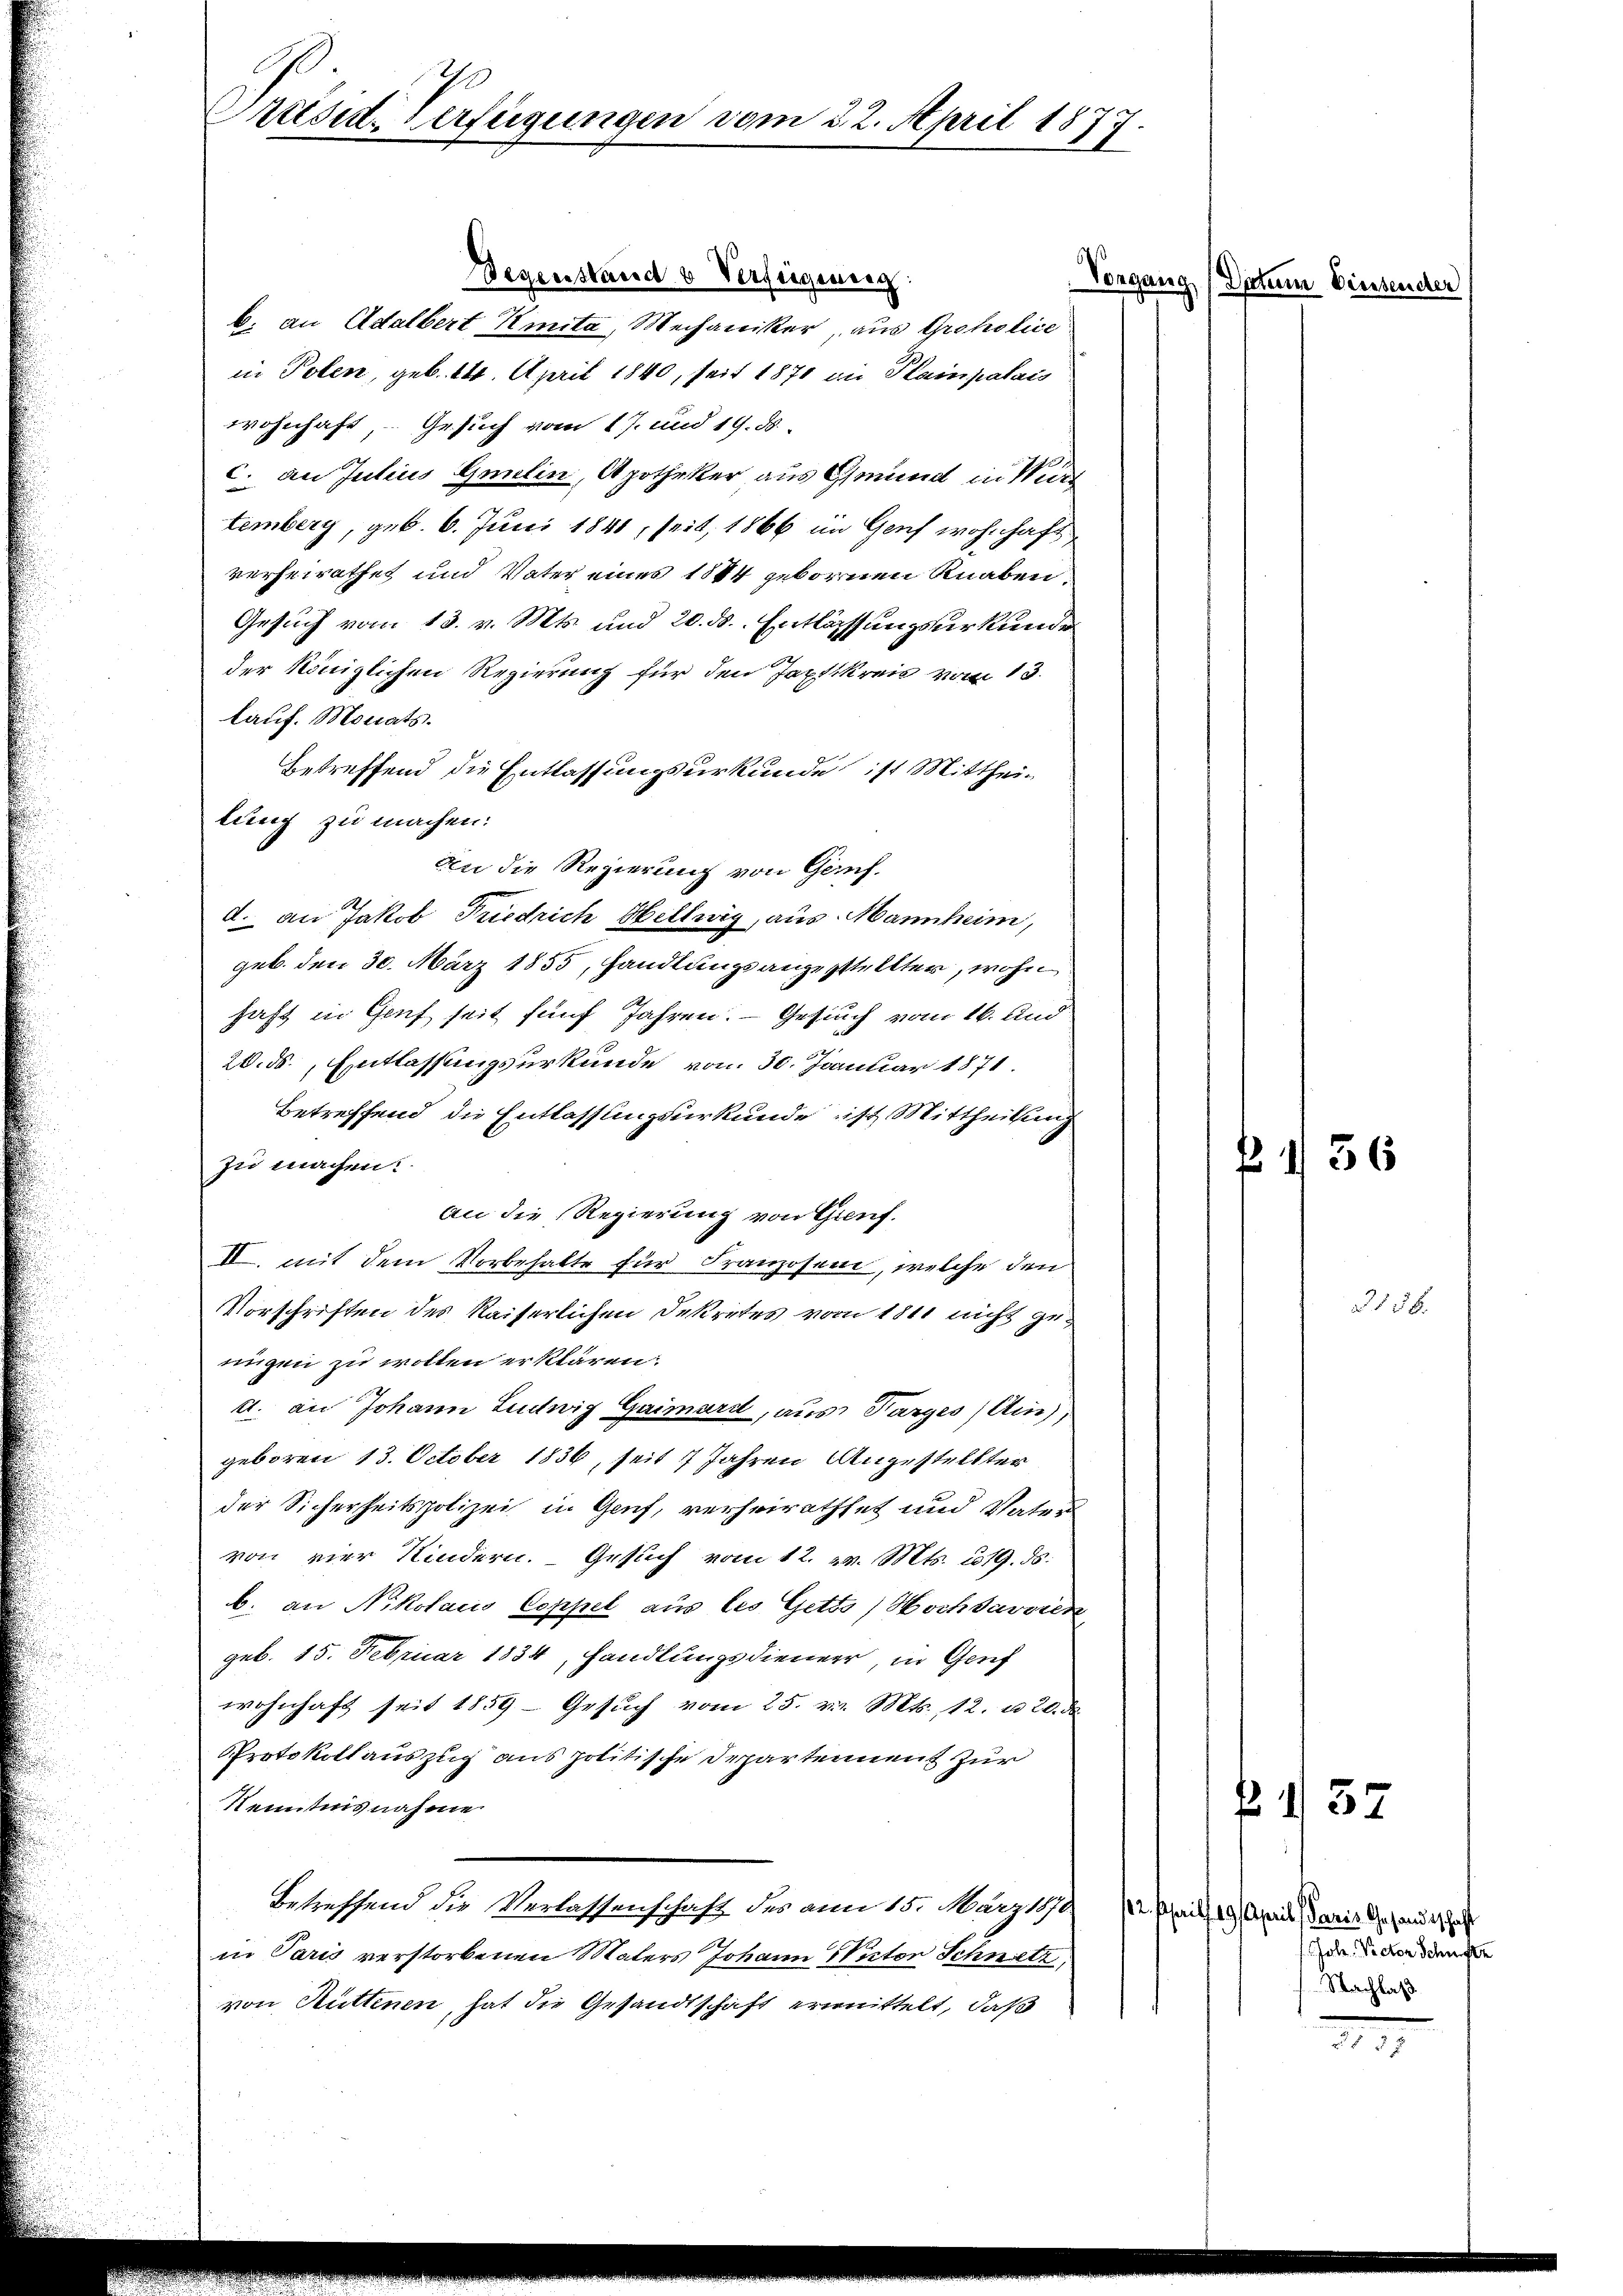
Präsid. Verfügungen vom 22. April 187
1

Gegenstand & Verfeigeng

b. an Adalbert Kmita, Mechaniker, aus Groholice
in Polen, geb. 14. April 1840, seit 1871 die Plain palais
wohnhaft, Gesuch vom 17. und 19. 58.
c. an Julius Gaulin, Apotheker aus Grund in Würt
temberg, geb. 6. Juni 1840, seit 1866 im Genf wohnhaft
verheirathet und Vater eines 1844 gebornen Knaben
Gesuch vom 13. v. Mts. und 20. ds. Entlassungsurkunde
der Königlichen Regierung für den Japtikreis vom 13.
lauf. Monats.
Betreffend die Entlassungsurkunde ist Mittheilung zu machen.
An die Regierung von Gauf-
d. an Jakob Friedrich Hellwig, aus Mannheim,
geb. den 30. März 1855, handlungsangestellter, wohn
haft in Genf seit fünf Jahren. — Gesuch vom 16. And
20. ds. Entlassungsurkunde vom 30. Januar 1871.
Betreffend die Entlassungsurkunde ist Mittheilung
zu machen.
an die Regierung von Gruf.
II. mit dem Vorbehalte für Franzosen, welche den
Vorschriften des Kaiserlichen Dekretes von 1811 nicht genigen zu wollen erklären:
d. an Johann Leutwiz Gaimard, aus Parges, Ain),
geboren 13. October 1836, seit 7 Jahren Angestellter
der Sicherheitspolizei in Genf, verheirathet und Vaters
von vier Kindern. Gesuch vom 12. v. Mts. 319. ds.
b. an Nikolacio Coppel aus les Getto, Hochdavoren
geb. 15. Februar 1834, handlungsdiener, in Genf
wohnhaft seit 1859 - Gesŭch vom 25. v. Mts. 12. u. 20. d.
Protokoll auszug aus politische Departennent zur
Kenntnisnahme
Betreffend die Verlassenschaft des am 15. März 1879, 12 seit 19. April weis des an de
in Paris verstorbenen Maters Johann Victor Schnetz
von Hüttenen, hat die Gesandtschaft ermittelt, daß

Vorgang (Datum Wintender

136

Jole. Victor Schrifte
Nachlaß

1 37

III

456